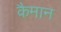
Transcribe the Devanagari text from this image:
कैमान